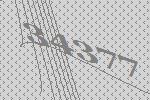
34377